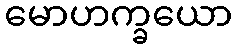
မောဟက္ခယော